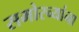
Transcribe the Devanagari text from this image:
समोरच्यांना